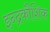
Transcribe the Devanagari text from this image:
इन्द्रकौशिक